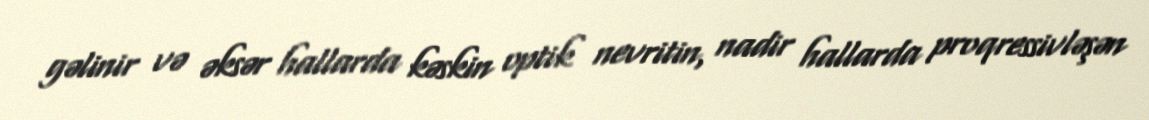
gəlinir və əksər hallarda kəskin optik nevritin, nadir hallarda proqressivləşən